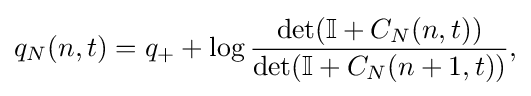
{\begin{aligned}q_{N}(n,t)=q_{+}+\log {\frac {\det(\mathbb {I} +C_{N}(n,t))}{\det(\mathbb {I} +C_{N}(n+1,t))}},\end{aligned}}